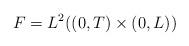
LaTeX: \begin{align*}F=L^{2}( ( 0,T) \times( 0,L) ) \end{align*}